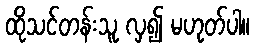
ထိုသင်တန်းသူ လှ၍ မဟုတ်ပါ။